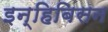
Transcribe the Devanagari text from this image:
इन्हिबिसन